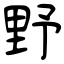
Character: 野